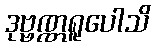
ဒုဗ္ဗဏ္ဏရူပေါသိ